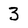
Character: 3